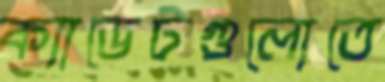
ক্যাডেটগুলোতে